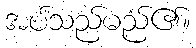
အပ်သည်မည်၏။